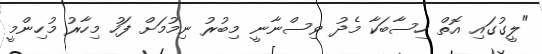
"ލީގުގައި އޮތް ހިސާބަކާ މެދު ވިސްނާނީ މިބުރު ނިމުމަށް ފަހު މިހާރު މުހިންމީ